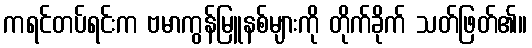
ကရင်တပ်ရင်းက ဗမာကွန်မြူနစ်များကို တိုက်ခိုက် သတ်ဖြတ်၏။